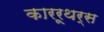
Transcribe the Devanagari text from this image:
काररूथर्स